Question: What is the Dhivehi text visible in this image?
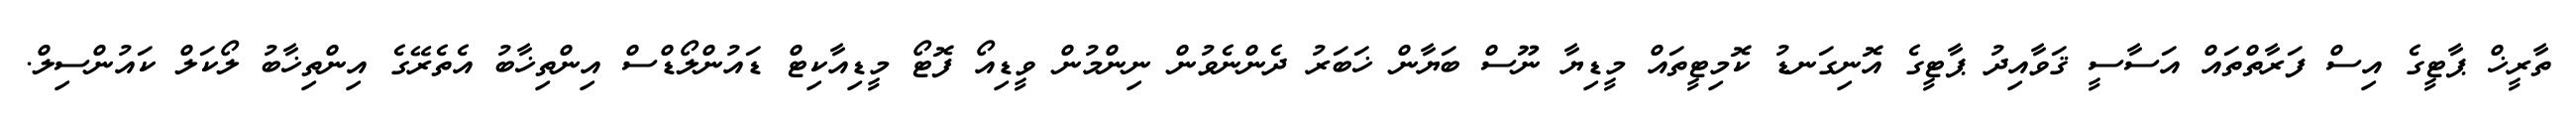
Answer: ތާރީޚް ޕާޓީގެ އިސް ފަރާތްތައް އަސާސީ ޤަވާއިދު ޕާޓީގެ އޮނިގަނޑު ކޮމިޓީތައް މީޑިޔާ ނޫސް ބަޔާން ޚަބަރު ދެންނެވުން ނިންމުން ވީޑިއޯ ފޮޓޯ މީޑިއާކިޓް ޑައުންލޯޑްސް އިންތިޚާބު އެތެރޭގެ އިންތިޚާބު ލޯކަލް ކައުންސިލް.